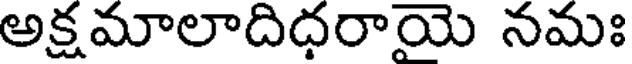
అక్షమాలాదిధరాయె నమః